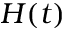
H ( t )